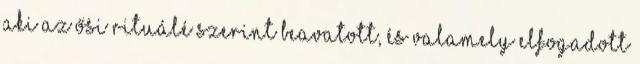
aki az ősi rituálé szerint beavatott, és valamely elfogadott